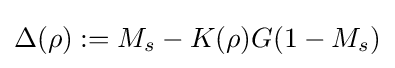
\Delta (\rho ):=M_{s}-K(\rho )G(1-M_{s})